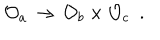
{ \cal O } _ { a } \, \rightarrow \, { \cal O } _ { b } \times { \cal O } _ { c } \, \, \, .